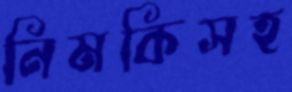
নিমকিসহ